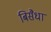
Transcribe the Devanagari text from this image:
बिसैधा